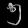
Digit: ၅